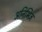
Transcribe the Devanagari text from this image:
अनिभिज्ञ